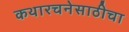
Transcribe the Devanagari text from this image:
कथारचनेसाठीचा